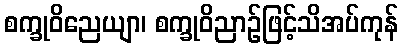
စက္ခုဝိညေယျာ၊ စက္ခုဝိညာဉ်ဖြင့်သိအပ်ကုန်